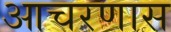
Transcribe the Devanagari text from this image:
आचरणास